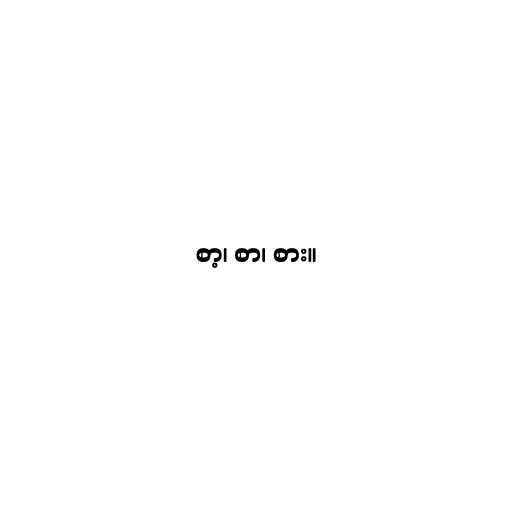
စာ့၊ စာ၊ စား။